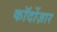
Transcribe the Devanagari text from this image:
कॉर्दोज़ार